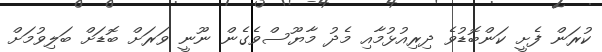
ކުރަން ފެށީ ކަންބޮޑުވެ ދިރިއުޅުމާއި މެދު މާޔޫސްވެގެން ނޫނީ ވަރަށް ބޮޑަށް ބަލިވުމަށް